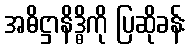
အဓိဋ္ဌာနိဒ္ဓိကို ပြဆိုခန်း